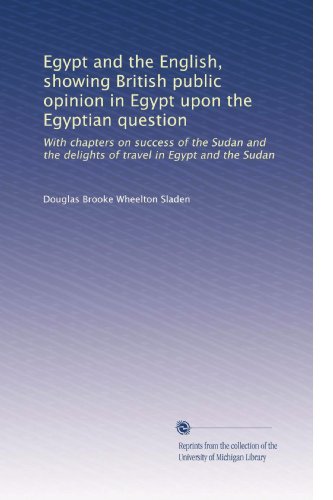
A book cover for Egypt and the English, showing British public opinion in Egypt upon the Egyptian question: With chapters on success of the Sudan and the delights of travel in Egypt and the Sudan,; Douglas Brooke Wheelton Sladen; Travel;